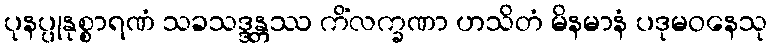
ပုနပ္ပုနုစ္စာရဏံ သခသဒ္ဒန္တဿ ကိံလက္ခဏာ ဟသိတံ မိနမာနံ ပဒုမဝနေသု